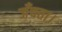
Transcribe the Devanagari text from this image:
जँचता।